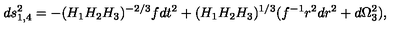
d s _ { 1 , 4 } ^ { 2 } = - ( H _ { 1 } H _ { 2 } H _ { 3 } ) ^ { - 2 / 3 } f d t ^ { 2 } + ( H _ { 1 } H _ { 2 } H _ { 3 } ) ^ { 1 / 3 } ( f ^ { - 1 } r ^ { 2 } d r ^ { 2 } + d \Omega _ { 3 } ^ { 2 } ) ,